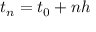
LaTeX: t _ { n } = t _ { 0 } + n h